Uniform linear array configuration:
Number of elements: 16
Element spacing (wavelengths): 0.25
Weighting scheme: exponential
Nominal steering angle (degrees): -45
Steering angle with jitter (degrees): -45.003
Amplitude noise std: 0.05
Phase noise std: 0.05

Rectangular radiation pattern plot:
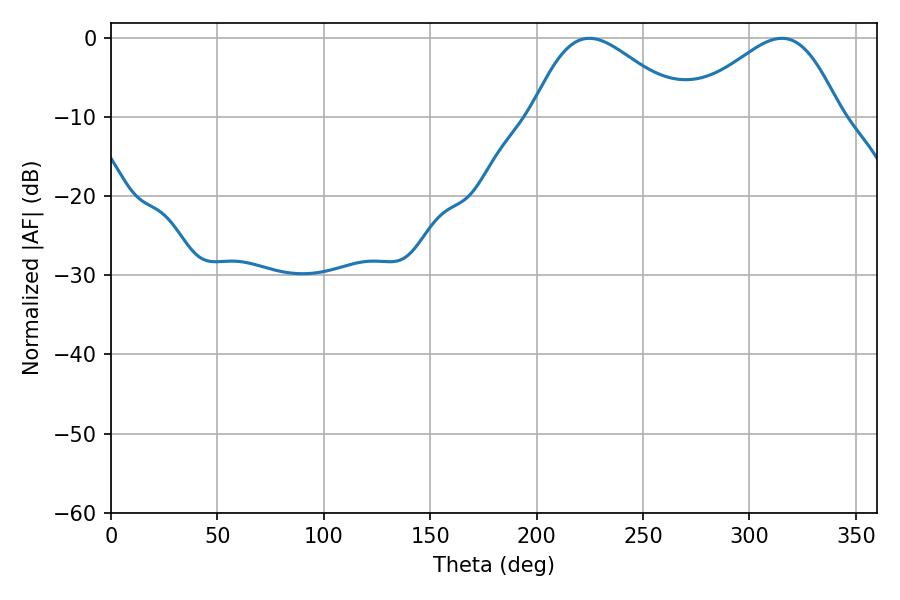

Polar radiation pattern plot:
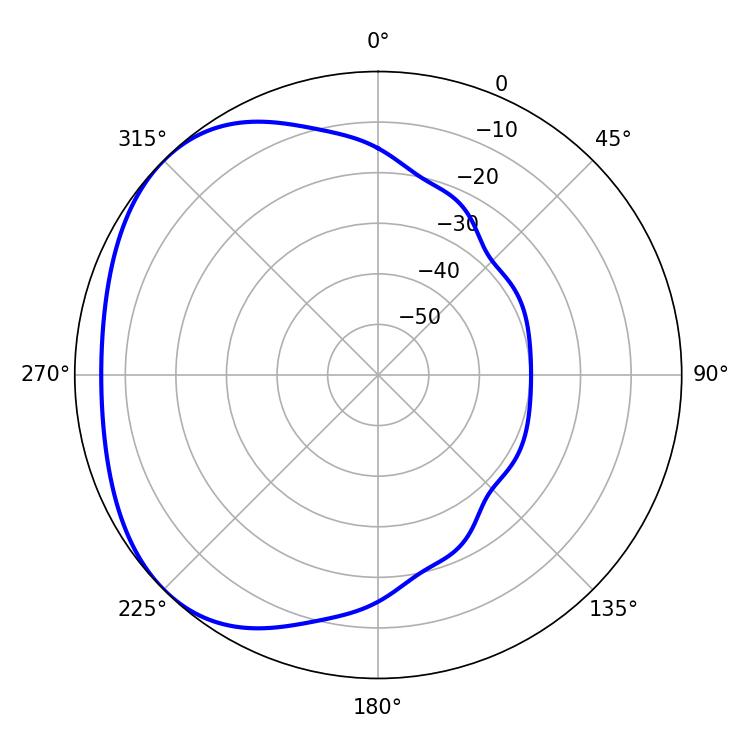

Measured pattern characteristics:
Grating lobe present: FALSE
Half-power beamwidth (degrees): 37.98
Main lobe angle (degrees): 224.82